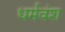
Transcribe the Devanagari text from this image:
धर्मवंश